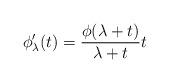
LaTeX: \begin{align*}\phi'_{\lambda}(t)= \frac{\phi(\lambda+t)}{\lambda+t}t\end{align*}